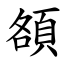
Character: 頟